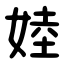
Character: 㛬